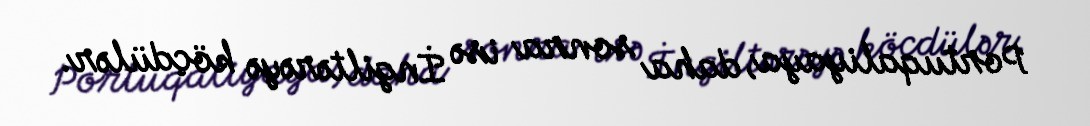
Portuqaliyaya, daha sonra isə İngiltərəyə köçdülər.